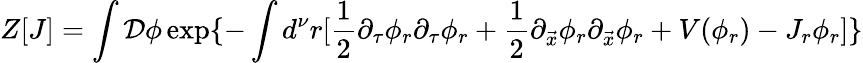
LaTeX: Z[J]=\int{\cal D}\phi\exp\{ -\int d^{\nu}r[{\frac{1}{2}}\partial_{\tau}\phi_{r}\partial_{\tau}\phi_{r}+{\frac{1}{2}}\partial_{\vec{x}}\phi_{r}\partial_{\vec{x}}\phi_{r}+V(\phi_{r})-J_{r}\phi_{r}]\}